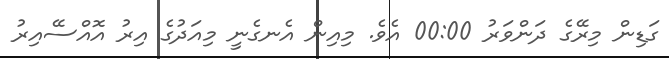
ގަޑިން މިރޭގެ ދަންވަރު 00:00 އެވެ. މިއިން އެނގެނީ މިއަދުގެ އިރު އޮއްސޭއިރު